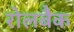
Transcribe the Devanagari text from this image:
रोलबैक